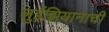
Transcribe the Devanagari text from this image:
लुईझियानाची